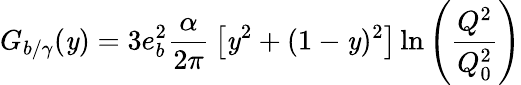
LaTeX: G_{b/\gamma}(\mathit{y})=3e_{b}^{2}{\frac{{\alpha}}{{2\pi}}}\left[\mathit{y}^{2}+(1-\mathit{y})^{2}\right]\ln\left(\frac{{Q^{2}}}{{Q_{0}^{2}}}\right)